Annual administration report of the Civil Veterinary Department of India - 1898-1899
Year: 1898
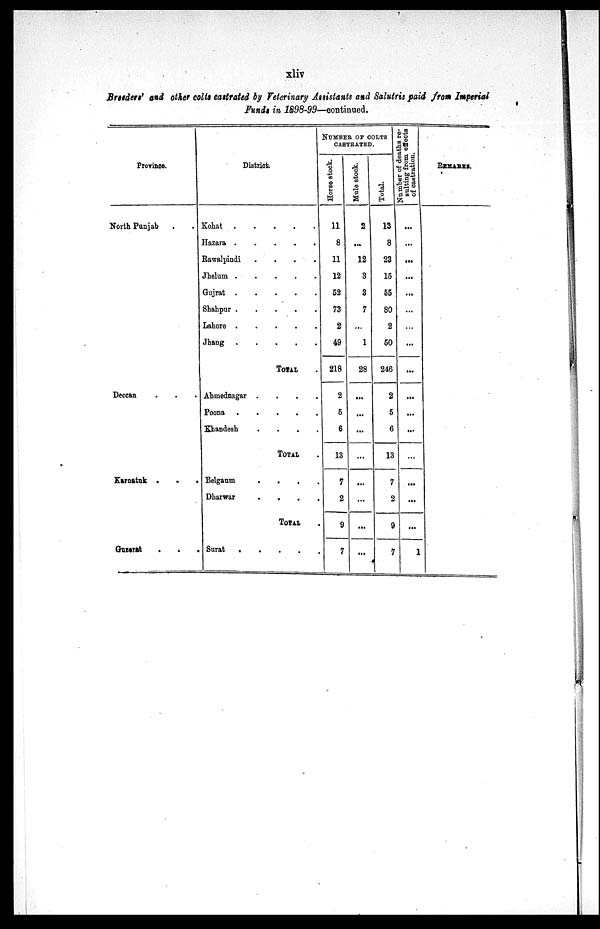
xliv
Breeders' and other colts castrated by Veterinary Assistants and Salutris paid from Imperial
Funds in 1898-99—continued.
Province.
North Punjab . .
Deccan . . .
Karnatuk . . .
Guzerat . . .
District.
Kohat . . . . . . . .
Hazara . . . . .
Rawalpindi . . . .
Jhelum . . . . .
Gujrat . . . . .
Shahpur . . . . .
Lahore . . . . .
Jhang . . . . .
TOTAL .
Ahmednagar . . . .
Poona . . . . .
Khandesh . . . .
TOTAL .
Belgaum . . . .
Dharwar
.
. . .
TOTAL .
Surat . . . . .
NUMBER OF COLTS
CASTRATED.
Horse stock.
11
8
11
12
52
73
2
49
218
2
5
6
13
7
2
9
7
Mule stock.
2
...
12
3
3
7
...
1
28
...
...
...
...
...
...
...
...
Total.
13
8
23
15
55
80
2
50
246
2
5
6
13
7
2
9
7
Number
of deaths re-
sulting from effects
of castration.
...
...
...
...
...
...
...
...
...
...
...
...
...
...
...
...
1
REMARKS.